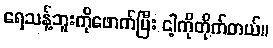
ရေသန့်ဘူးကိုဖောက်ပြီး ငါ့ကိုတိုက်တယ်။